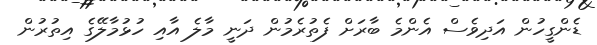
ޑެންގީހުން އަދިވެސް އެންމެ ބާރަށް ފެތުރެމުން ދަނީ މާލެ އާއި ހުޅުމާލޭގެ އިތުރުން